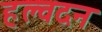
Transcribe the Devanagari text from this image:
हल्वदन